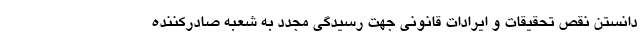
دانستن نقص تحقیقات و ایرادات قانونی جهت رسیدگی مجدد به شعبه صادرکننده